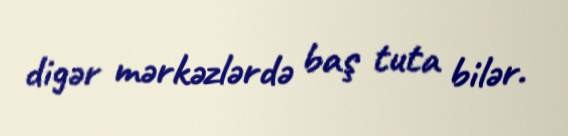
digər mərkəzlərdə baş tuta bilər.